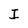
Character: I